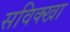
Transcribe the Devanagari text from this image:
सविक्खा